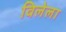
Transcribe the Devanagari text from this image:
विलेला